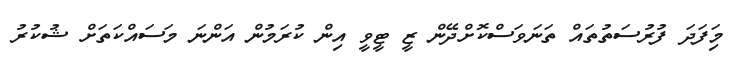
މިަފަދަ ފުރުސަތުތައް ތަނަވަސްކޮށްދޭން ޒީ ޓީވީ އިން ކުރަމުން އަންނަ މަސައްކަތަށް ޝުކުރު